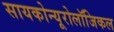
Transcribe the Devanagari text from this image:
सायकोन्यूरोलॉजिकल